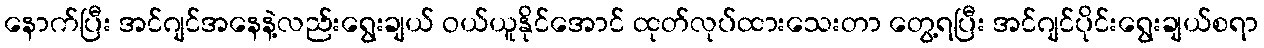
နောက်ပြီး အင်ဂျင်အနေနဲ့လည်းရွေးချယ် ဝယ်ယူနိုင်အောင် ထုတ်လုပ်ထားသေးတာ တွေ့ရပြီး အင်ဂျင်ပိုင်းရွေးချယ်စရာ